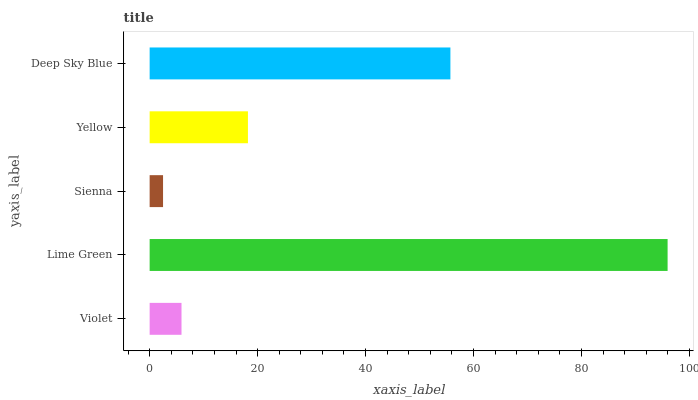
| yaxis_label | bars |
 | --- | --- |
 | Violet | 5.9 |
 | Lime Green | 96 |
 | Sienna | 2.48 |
 | Yellow | 18.2 |
 | Deep Sky Blue | 55.7 |